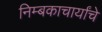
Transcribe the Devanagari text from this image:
निम्बकाचार्यांचे